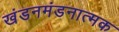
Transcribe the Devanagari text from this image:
खंडनमंडनात्मक